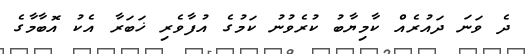
ދެ ވަނަ ދައުރެއް ކާމިޔާބު ކުރެވުނު ކަމުގެ އުފާވެރި ޚަބަރާ އެކު އޮބާމާގެ